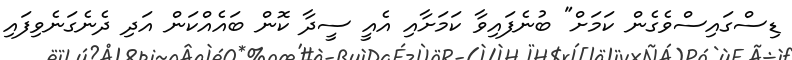
ޑިސްގައިސްވެގެން ކަމަށް" ބުނެފައިވާ ކަމަށާއި އެއީ ސީދާ ކޮން ބައެއްކަން އަދި ދެނެގަނެވިފައި